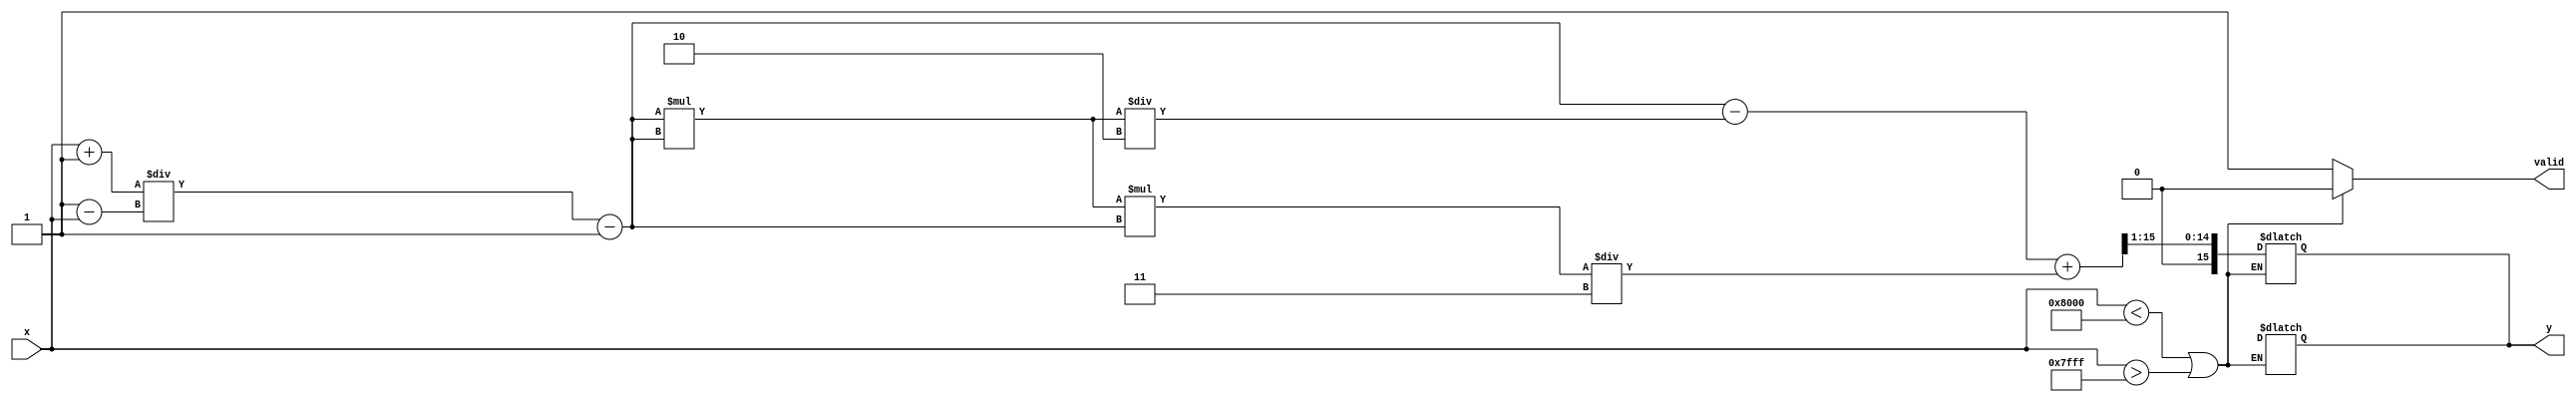
module atanh (
    input wire signed [15:0] x, // Input value in the range (-1, 1)
    output reg signed [15:0] y,  // Output value for atanh
    output reg valid              // Output valid signal
);

    // Internal signals
    wire signed [15:0] one_plus_x;
    wire signed [15:0] one_minus_x;
    wire signed [15:0] z; // z = (1 + x) / (1 - x)
    wire signed [15:0] ln_z; // ln(z)
    wire signed [15:0] half_ln_z; // 0.5 * ln(z)

    // Range check
    always @(*) begin
        if (x < -16'h8000 || x > 16'h7FFF) begin // Check if x is in range (-1, 1)
            y = 16'hX; // Indicate error (NaN or predefined value)
            valid = 0;
        end else begin
            valid = 1;
        end
    end

    // Calculate 1 + x and 1 - x
    assign one_plus_x = x + 16'h0001; // 1 + x
    assign one_minus_x = 16'h0001 - x; // 1 - x

    // Division: z = (1 + x) / (1 - x)
    assign z = one_plus_x / one_minus_x;

    // Logarithm approximation (simple polynomial)
    // ln(z)  (z - 1) - (z - 1)^2 / 2 + (z - 1)^3 / 3
    wire signed [15:0] z_minus_1 = z - 16'h0001;
    wire signed [15:0] z_minus_1_sq = z_minus_1 * z_minus_1;
    wire signed [15:0] z_minus_1_cub = z_minus_1_sq * z_minus_1;

    assign ln_z = z_minus_1 - (z_minus_1_sq / 16'h0002) + (z_minus_1_cub / 16'h0003);

    // Calculate y = 0.5 * ln(z)
    assign half_ln_z = ln_z >> 1; // Right shift by 1 for fixed-point division by 2

    // Output the result
    always @(*) begin
        if (valid) begin
            y = half_ln_z;
        end
    end

endmodule